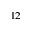
^ { 1 2 }